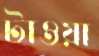
টাওয়া